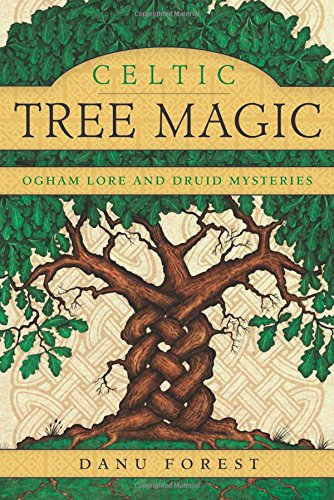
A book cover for Celtic Tree Magic: Ogham Lore and Druid Mysteries; Danu Forest; Religion & Spirituality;